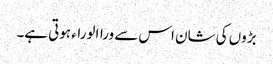
بڑوں کی شان اس سے وراالوراء ہوتی ہے۔